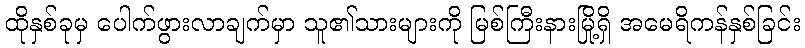
ထိုနှစ်ခုမှ ပေါက်ဖွားလာချက်မှာ သူ၏သားများကို မြစ်ကြီးနားမြို့ရှိ အမေရိကန်နှစ်ခြင်း